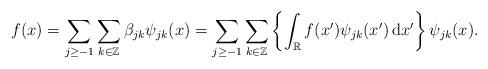
LaTeX: \begin{align*} f(x) = \sum_{j \geq -1} \sum_{k \in \mathbb{Z}}\beta_{jk}\psi_{jk}(x) = \sum_{j \geq -1} \sum_{k \in \mathbb{Z}} \left\{\int_{\mathbb{R}} f(x')\psi_{jk}(x')\, \mathrm{d}x'\right\} \psi_{jk}(x).\end{align*}